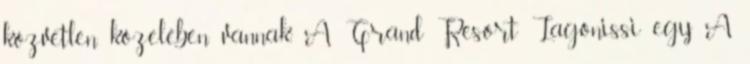
közvetlen közelében vannak. A Grand Resort Lagonissi egy A